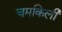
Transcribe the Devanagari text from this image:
चमकिली